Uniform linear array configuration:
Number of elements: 24
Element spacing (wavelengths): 1
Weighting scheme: uniform
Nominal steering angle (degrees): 0
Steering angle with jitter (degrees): -0.723
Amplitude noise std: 0.05
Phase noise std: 0.05

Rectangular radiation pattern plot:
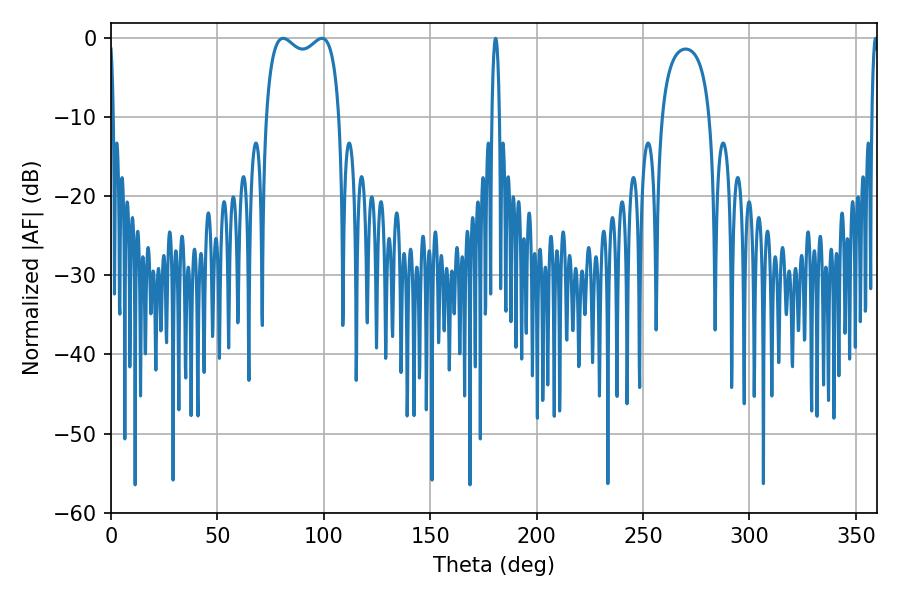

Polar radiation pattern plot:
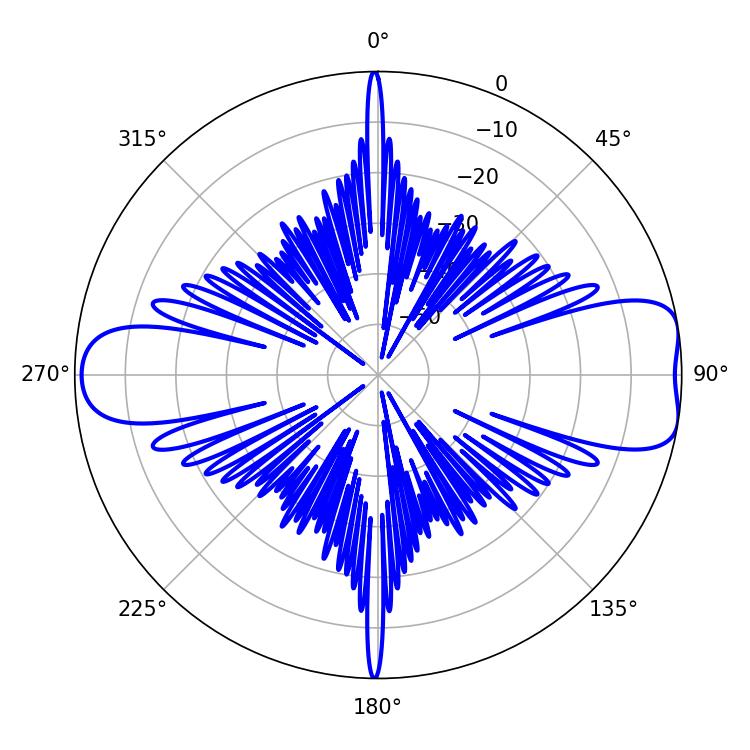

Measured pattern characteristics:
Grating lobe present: TRUE
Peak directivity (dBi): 9.024
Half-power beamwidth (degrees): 1.8
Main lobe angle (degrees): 180.72